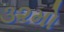
૩૨મો